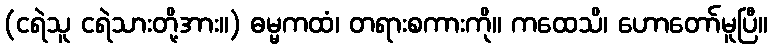
(ငရဲသူ ငရဲသားတို့အား။) ဓမ္မကထံ၊ တရားစကားကို။ ကထေသိ၊ ဟောတော်မူပြီ။